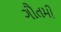
ગૌતમી